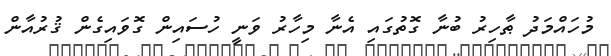
މުހައްމަދު ޠާހިރު ބުނާ ގޮތުގައި އެނާ މިހާރު ވަނީ ހުސައިން ގޮވައިގެން ޤުރުއާން